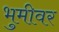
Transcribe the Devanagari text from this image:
भुमीवर